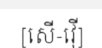
[សើ-វ៉ើ]